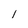
Character: I